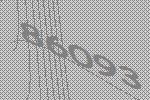
86093